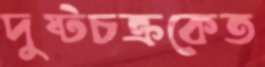
দুষ্টচক্রকেত